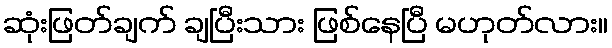
ဆုံးဖြတ်ချက် ချပြီးသား ဖြစ်နေပြီ မဟုတ်လား။